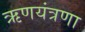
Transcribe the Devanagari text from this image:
ऋणयंत्रणा